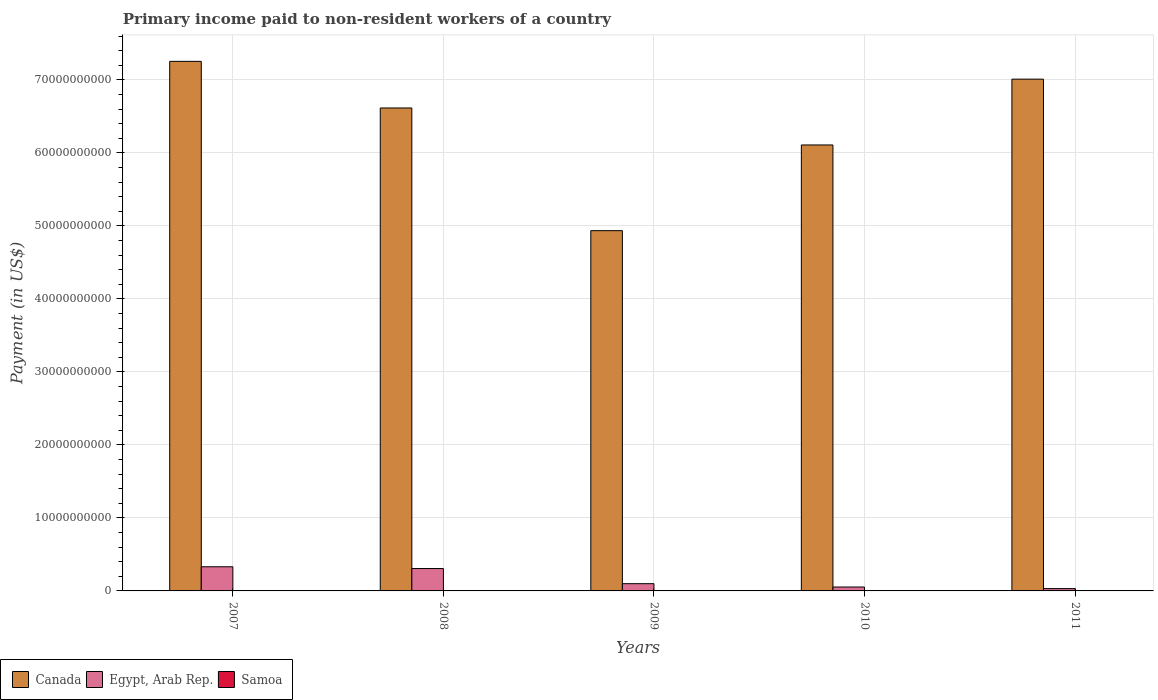
| Years | Canada | Egypt, Arab Rep. | Samoa |
 | --- | --- | --- | --- |
 | 2007 | 7.26e+10 | 3.31e+09 | 6.74e+06 |
 | 2008 | 6.62e+10 | 3.07e+09 | 1.33e+07 |
 | 2009 | 4.94e+10 | 9.92e+08 | 7.75e+06 |
 | 2010 | 6.11e+10 | 5.34e+08 | 6.81e+06 |
 | 2011 | 7.01e+10 | 3.18e+08 | 5.8e+06 |